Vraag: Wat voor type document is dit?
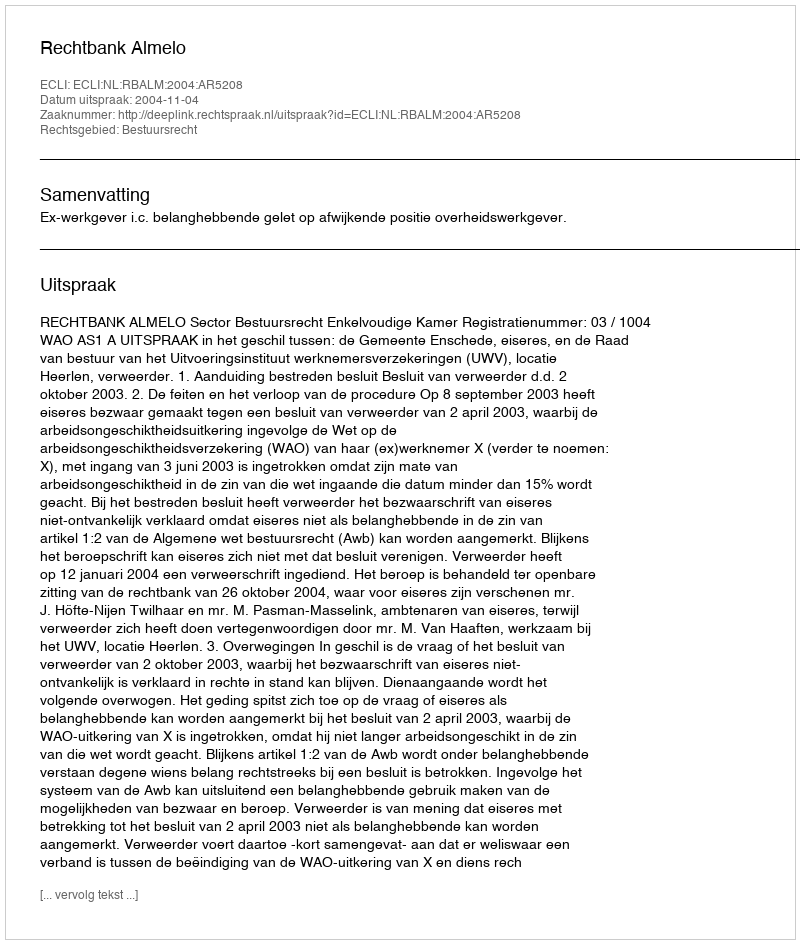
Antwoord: Uitspraak